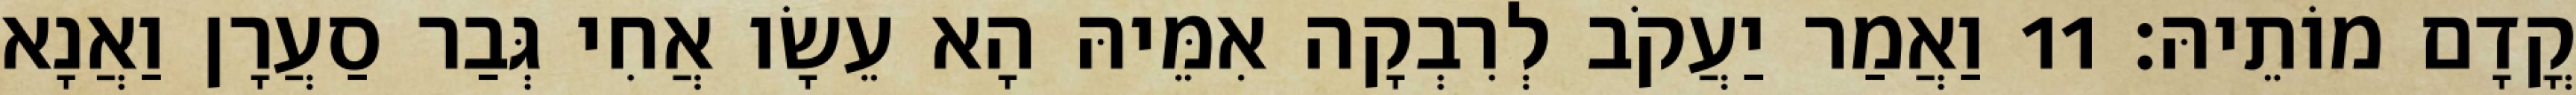
קֳדָם מוֹתֵיהּ׃ 11 וַאֲמַר יַעֲקֹב לְרִבְקָה אִמֵּיהּ הָא עֵשָׂו אֲחִי גְּבַר סַעֲרָן וַאֲנָא